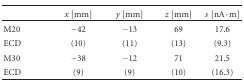
|  | x [mm] | y [mm] | z [mm] | s[nA · m] |
 | --- | --- | --- | --- | --- |
 | M20 | −42 | −13 | 69 | 17.6 |
 | ECD | (10) | (11) | (13) | (9.3) |
 | M30 | −38 | −12 | 71 | 21.5 |
 | ECD | (9) | (9) | (10) | (16.3) |